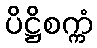
ပိဋ္ဌိစက္ကံ